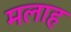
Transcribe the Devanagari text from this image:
मलाह